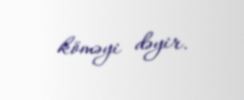
köməyi dəyir.